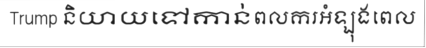
Trump និយាយទៅកាន់ពលករអំឡុងពេល